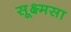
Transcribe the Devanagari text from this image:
सूक्ष्मसा